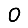
Digit: 0